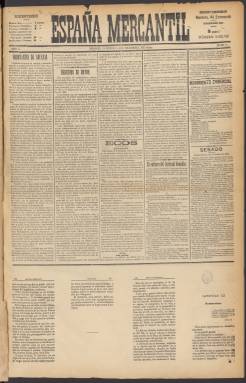
Título: España mercantil
Colección: Periódicos || Economía
Ámbito geográfico: Madrid
Lugar de publicación: Madrid
Fechas: 02/12/1894-21/01/1895